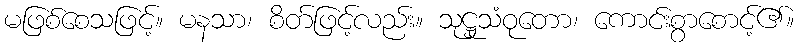
မဖြစ်စေသဖြင့်။ မနသာ၊ စိတ်ဖြင့်လည်း။ သုဋ္ဌုသံဝုတော၊ ကောင်းစွာစောင့်၏။